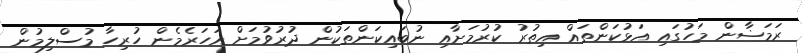
ރަމަޟާން މަހުގައި އަޅުކަންތައް އިތުރު ކުރުމަށާއި ނުބައިކަންތަކުން ދުރުވުމަށް އަހަރެމެން ހުރިހާ މުސްލިމުން